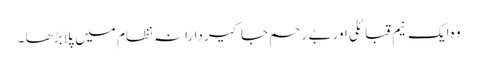
وہ ایک نیم قبائلی اور بے رحم جاگیردارانہ نظام میں پلا بڑھا ۔